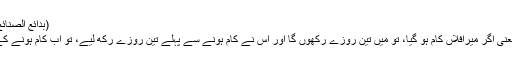
(بدائع الصنائع، کتاب النذر، فصل، وأما شرائط الرکن،85/5)
٭… اگر کسی نے نذر کو کام سے معلق کیا، یعنی اگر میرافلاں کام ہو گیا، تو میں تین روزے رکھوں گا اور اس نے کام ہونے سے پہلے تین روزے رکھ لیے، تو اب کام ہونے کے بعد دوبارہ تین روزے رکھنا ضروری ہو گا۔